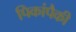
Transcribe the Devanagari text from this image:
पिकांपैकी